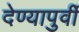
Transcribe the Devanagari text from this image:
देण्यापुर्वी